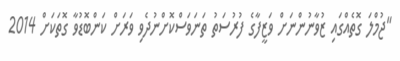
"ޖުމްލަ ގޮތެއްގައި ޒުވާނުންނަށް ވަޒީފާގެ ފުރުސަތު ތަނަވަސްކޮށްނުދެވި ވަރަށް ކަންބޮޑުވާ ގޮތަކަށް 2014